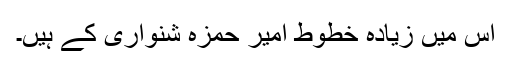
اس میں زیادہ خطوط امیر حمزہ شنواری کے ہیں۔